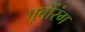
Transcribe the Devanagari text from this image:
पूर्बोरंग